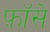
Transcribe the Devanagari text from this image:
फ़ॉसे